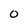
Character: 0